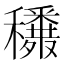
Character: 𥤈